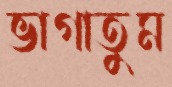
ভাগাতুম